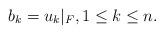
LaTeX: \begin{align*}b_k=u_k|_F, 1\leq k\leq n.\end{align*}